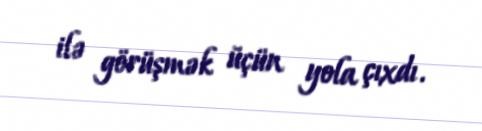
ilə görüşmək üçün yola çıxdı.